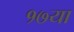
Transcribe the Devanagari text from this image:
१७या